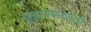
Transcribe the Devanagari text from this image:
मुझफ्फरजंगने